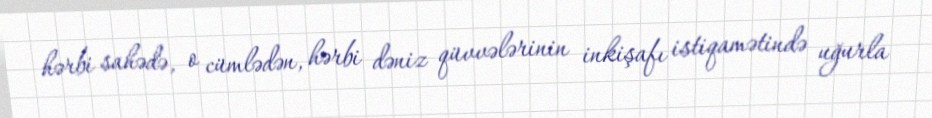
hərbi sahədə, o cümlədən, hərbi dəniz qüvvələrinin inkişafı istiqamətində uğurla